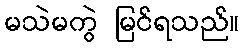
မသဲမကွဲ မြင်ရသည်။